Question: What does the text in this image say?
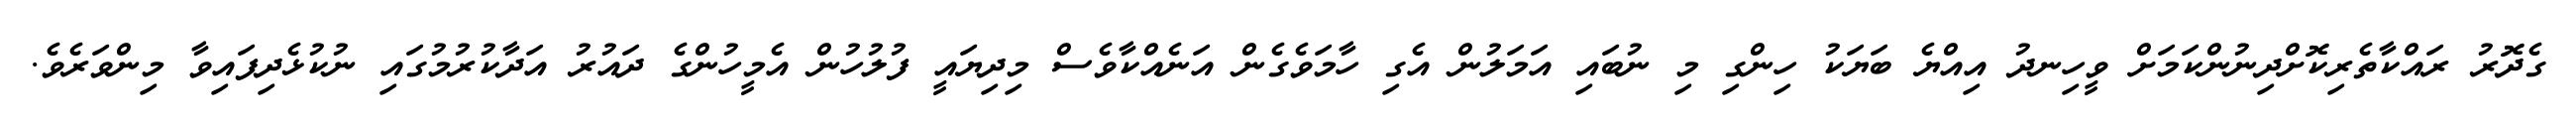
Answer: ގެދޮރު ރައްކާތެރިކޮށްދިނުންކަމަށް ވީހިނދު އިއްޔެ ބަޔަކު ހިންގި މި ނުބައި އަމަލުން އެގި ހާމަވެގެން އަނެއްކާވެސް މިދިޔައީ ފުލުހުން އެމީހުންގެ ދައުރު އަދާކުރުމުގައި ނުކުޅެދިފައިވާ މިންވަރެވެ.